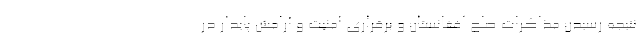
نتیجه رسیدن مذاکرات صلح افغانستان و برقراری امنیت و آرامش پایدار در